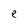
Character: e